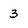
Character: 3